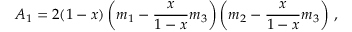
A _ { 1 } = 2 ( 1 - x ) \left( m _ { 1 } - \frac { x } { 1 - x } m _ { 3 } \right) \left( m _ { 2 } - \frac { x } { 1 - x } m _ { 3 } \right) \, ,